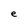
Character: e